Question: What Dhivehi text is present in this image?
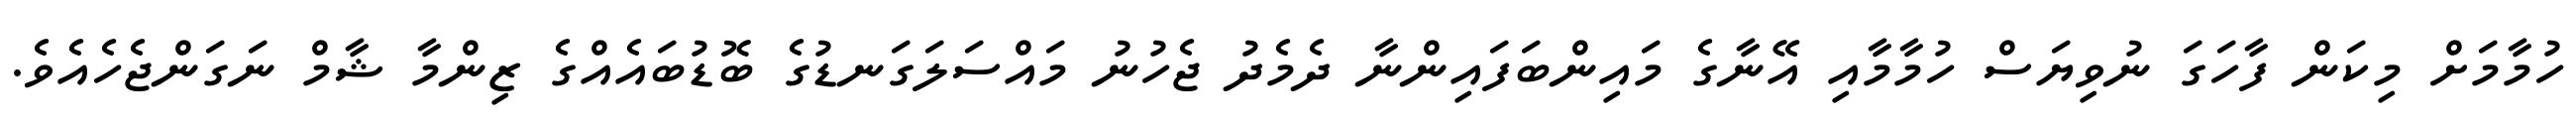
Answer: ހުމާމަށް މިކަން ފާހަގަ ނުވިޔަސް ހުމާމާއި އޭނާގެ މައިންބަފައިންނާ ދެމެދު ޖެހުނު މައްސަލަގަނޑުގެ ބޮޑުބައެއްގެ ޒިންމާ ޝާމް ނަގަންޖެހެއެވެ.